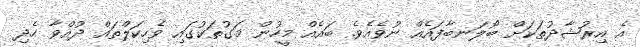
އެ އިރުޝާދުތަކަށް ބޯލަނބާފައެއް ނުވެއެވެ. ބައެއް މީހުން މަގުތަކުގައި ވެހިކަލްތައް ދުއްވާ ހެދި